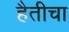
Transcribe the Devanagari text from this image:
हैतीचा